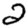
Digit: 2